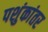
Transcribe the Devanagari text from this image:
पशुंकांतर